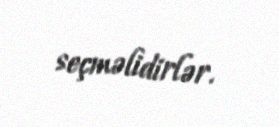
seçməlidirlər.